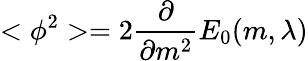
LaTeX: <\phi^{2}>=2\frac{\partial}{\partial m^{2}}E_{0}(m,\lambda)